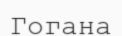
Гогана